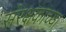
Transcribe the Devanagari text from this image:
संरक्षकाच्या